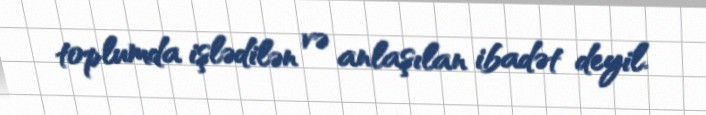
toplumda işlədilən və anlaşılan ibadət deyil.